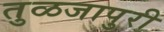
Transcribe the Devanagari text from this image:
तुळजापुरी